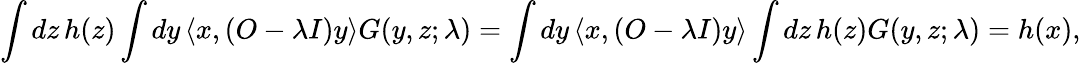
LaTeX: \int dz\, h(z)\int dy\, \langle x,(O-\lambda I)y\rangle G(y,z;\lambda)=\int dy\, \langle x,(O-\lambda I)y\rangle\int dz\, h(z)G(y,z;\lambda)=h(x),